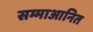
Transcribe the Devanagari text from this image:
सम्माआनित